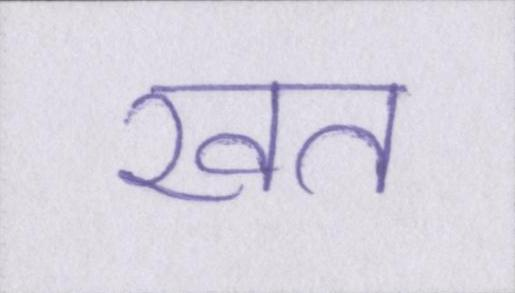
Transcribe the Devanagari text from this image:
खत